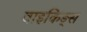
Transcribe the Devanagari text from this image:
वाइकिङ्स